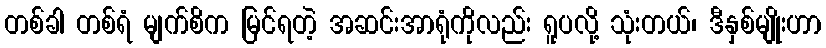
တစ်ခါ တစ်ရံ မျက်စိက မြင်ရတဲ့ အဆင်းအာရုံကိုလည်း ရူပလို့ သုံးတယ်၊ ဒီနှစ်မျိုးဟာ